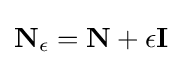
\mathbf {N} _{\epsilon }=\mathbf {N} +\epsilon \mathbf {I}